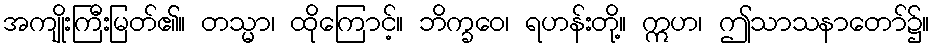
အကျိုးကြီးမြတ်၏။ တသ္မာ၊ ထိုကြောင့်။ ဘိက္ခဝေ၊ ရဟန်းတို့။ ဣဟ၊ ဤသာသနာတော်၌။